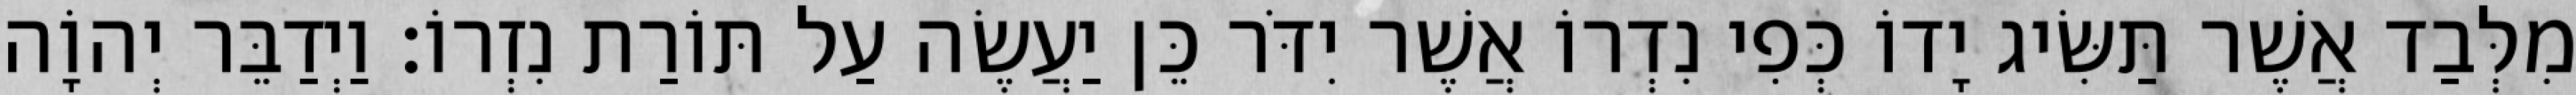
מִלְּבַד אֲשֶׁר תַּשִּׂיג יָדוֹ כְּפִי נִדְרוֹ אֲשֶׁר יִדֹּר כֵּן יַעֲשֶׂה עַל תּוֹרַת נִזְרוֹ׃ וַיְדַבֵּר יְהוָֹה